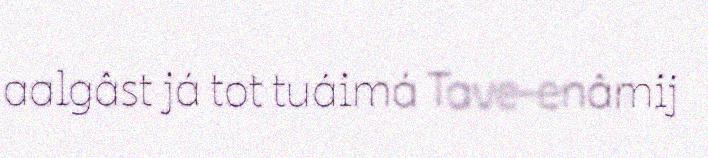
aalgâst já tot tuáimá Tave-enâmij